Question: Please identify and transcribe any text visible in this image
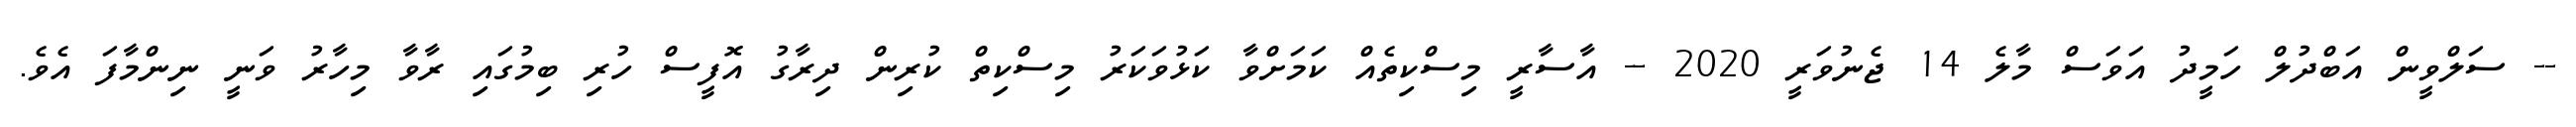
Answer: -- ސަލްވީން އަބްދުލް ހަމީދު އަވަސް މާލެ 14 ޖެނުވަރީ 2020 -- އާސާރީ މިސްކިތެއް ކަމަށްވާ ކަޅުވަކަރު މިސްކިތް ކުރިން ދިރާގު އޮފީސް ހުރި ބިމުގައި ރާވާ މިހާރު ވަނީ ނިންމާފަ އެވެ.